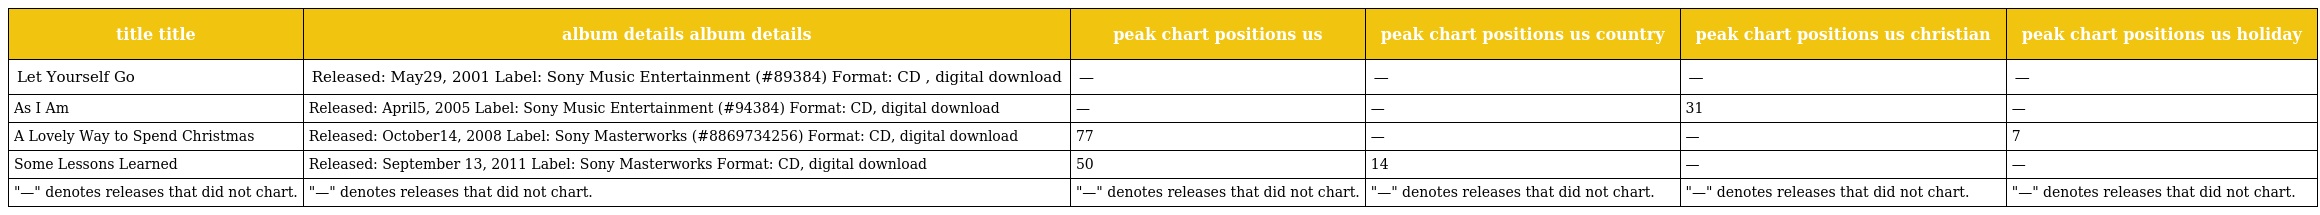
| title title | album details album details | peak chart positions us | peak chart positions us country | peak chart positions us christian | peak chart positions us holiday |
 | --- | --- | --- | --- | --- | --- |
 | Let Yourself Go | Released: May29, 2001 Label: Sony Music Entertainment (#89384) Format: CD , digital download | — | — | — | — |
 | As I Am | Released: April5, 2005 Label: Sony Music Entertainment (#94384) Format: CD, digital download | — | — | 31 | — |
 | A Lovely Way to Spend Christmas | Released: October14, 2008 Label: Sony Masterworks (#8869734256) Format: CD, digital download | 77 | — | — | 7 |
 | Some Lessons Learned | Released: September 13, 2011 Label: Sony Masterworks Format: CD, digital download | 50 | 14 | — | — |
 | "—" denotes releases that did not chart. | "—" denotes releases that did not chart. | "—" denotes releases that did not chart. | "—" denotes releases that did not chart. | "—" denotes releases that did not chart. | "—" denotes releases that did not chart. |